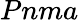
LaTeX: Pnma